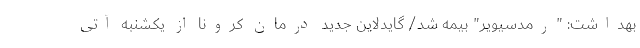
بهداشت: "رمدسیویر" بیمه شد/ گایدلاین جدید درمان کرونا از یکشنبه آتی